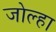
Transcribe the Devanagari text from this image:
जोल्हा